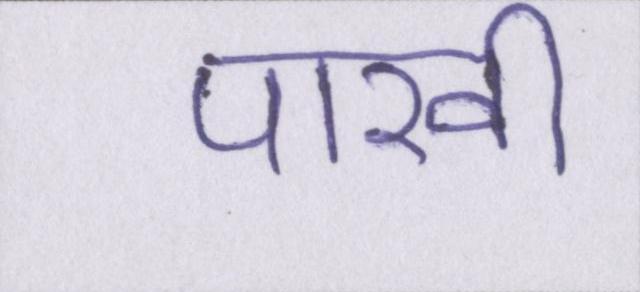
पाखी